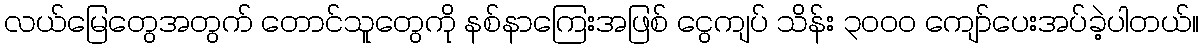
လယ်မြေတွေအတွက် တောင်သူတွေကို နစ်နာကြေးအဖြစ် ငွေကျပ် သိန်း ၃၀၀၀ ကျော်ပေးအပ်ခဲ့ပါတယ်။